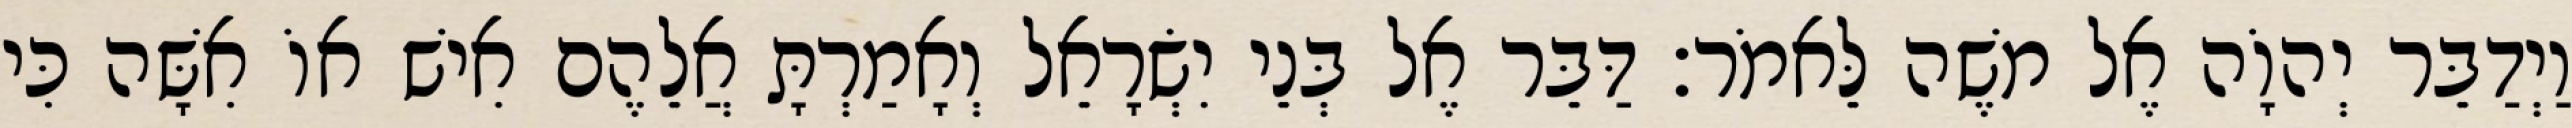
וַיְדַבֵּר יְהוָֹה אֶל משֶׁה לֵּאמֹר׃ דַּבֵּר אֶל בְּנֵי יִשְׂרָאֵל וְאָמַרְתָּ אֲלֵהֶם אִישׁ אוֹ אִשָּׁה כִּי